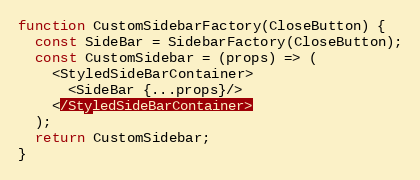
Language: JavaScript
function CustomSidebarFactory(CloseButton) {
  const SideBar = SidebarFactory(CloseButton);
  const CustomSidebar = (props) => (
    <StyledSideBarContainer>
      <SideBar {...props}/>
    </StyledSideBarContainer>
  );
  return CustomSidebar;
}